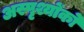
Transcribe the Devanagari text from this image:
अस्पृश्योंको